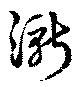
漸